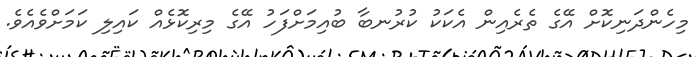
މިހެންދަނިކޮށް އޭގެ ތެރެއިން އެކަކު ކުރުނބާ ބުއިމަށްފަހު އޭގެ މިރިކޮޅެއް ކައިލި ކަމަށްވެއެވެ.